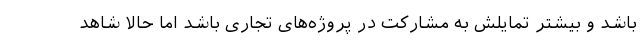
باشد و بیشتر تمایلش به مشارکت در پروژه‌های تجاری باشد اما حالا شاهد